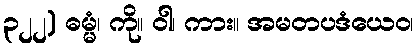
၃၂၂) ဓမ္မံ၊ ကို။ ဝါ၊ ကား။ အမတပဒံယေဝ၊